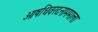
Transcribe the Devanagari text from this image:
ओषधिवरदनाममाला